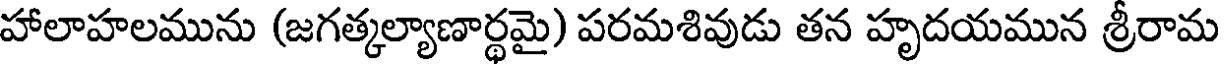
హాలాహలమును (జగత్కల్యాణార్థమై) పరమశివుడు తన హృదయమున శ్రీరామ